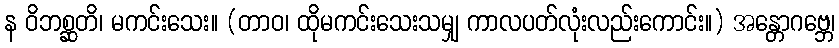
န ဝိဘစ္ဆတိ၊ မကင်းသေး။ (တာဝ၊ ထိုမကင်းသေးသမျှ ကာလပတ်လုံးလည်းကောင်း။) အန္တောဂဗ္ဘေ၊